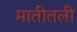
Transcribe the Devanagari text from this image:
मातीतली